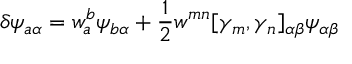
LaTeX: \delta \psi _ { a \alpha } = w _ { a } ^ { b } \psi _ { b \alpha } + \frac { 1 } { 2 } w ^ { m n } [ \gamma _ { m } , \gamma _ { n } ] _ { \alpha \beta } \psi _ { \alpha \beta }